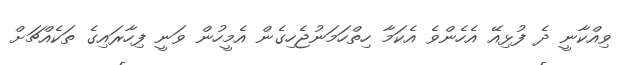
ވިއްކާނީ ދެ ފުޅިއޭ އެހެންވެ އެކަމާ ހިތްހަމަނުޖެހިގެން އެމީހުން ވަނީ ފިހާރައިގެ ތަކެއްޗަށް